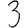
Digit: 3